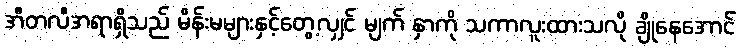
အီတလီအရာရှိသည် မိန်းမများနှင့်တွေ့လျှင် မျက် နှာကို သကာလူးထားသလို ချိုနေအောင်